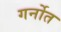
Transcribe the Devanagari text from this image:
गर्नोत